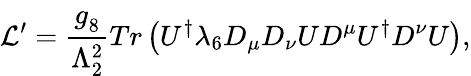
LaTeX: {\cal L}^{\prime}={\frac{g_{8}^{\phantom{2}}}{\Lambda_{2}^{2}}}Tr\left(U^{\dagger}\lambda_{6}D_{\mu}D_{\nu}UD^{\mu}U^{\dagger}D^{\nu}U\right),